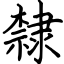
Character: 隸